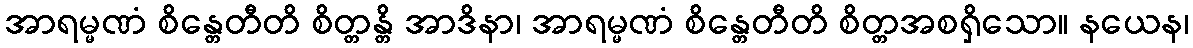
အာရမ္မဏံ စိန္တေတီတိ စိတ္တန္တိ အာဒိနာ၊ အာရမ္မဏံ စိန္တေတီတိ စိတ္တအစရှိသော။ နယေန၊